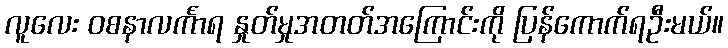
လူလေး ဝစနာလင်္ကာရ နှုတ်မှုအတတ်အကြောင်းကို ပြန်ကောက်ရဦးမယ်။